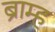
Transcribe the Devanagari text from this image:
ब्राम्ह